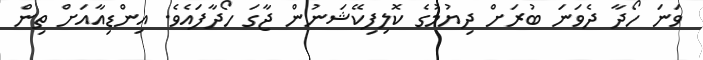
ވަނަ ހޯދާ ދެވަނަ ބުރަށް ދިޔުމުގެ ކޮލިފިކޭޝަނުން ޖާގަ ހޯދާފައެވެ. އިންޑިއާއަށް ތިން